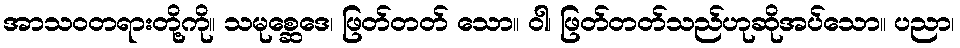
အာသဝတရားတို့ကို။ သမုစ္ဆေဒေ၊ ဖြတ်တတ် သော။ ဝါ၊ ဖြတ်တတ်သည်ဟုဆိုအပ်သော။ ပညာ၊